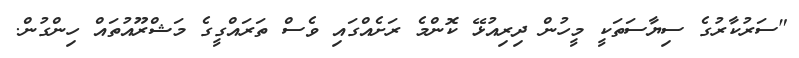
"ސަރުކާރުގެ ސިޔާސަތަކީ މީހުން ދިރިއުޅޭ ކޮންމެ ރަށެެއްގައި ވެސް ތަަރައްގީގެ މަޝްރޫއުތައް ހިންގުން.